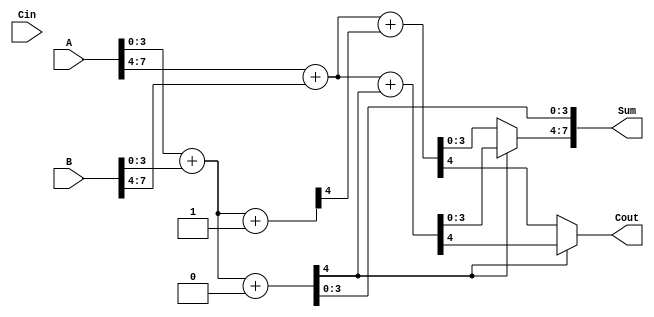
module carry_select_adder (
    input [7:0] A,       // 8-bit input A
    input [7:0] B,       // 8-bit input B
    input Cin,           // Carry-in
    output [7:0] Sum,    // 8-bit sum output
    output Cout          // Carry-out
);

    wire [3:0] Sum0_0, Sum0_1; // Sums for first segment (Cin = 0 and Cin = 1)
    wire [3:0] Sum1_0, Sum1_1; // Sums for second segment (Cin = 0 and Cin = 1)
    wire C0_0, C0_1;           // Carry outputs for first segment
    wire C1_0, C1_1;           // Carry outputs for second segment

    // First segment (A[3:0], B[3:0])
    // Adder assuming Cin = 0
    assign {C0_0, Sum0_0} = A[3:0] + B[3:0] + 0;
    // Adder assuming Cin = 1
    assign {C0_1, Sum0_1} = A[3:0] + B[3:0] + 1;

    // Second segment (A[7:4], B[7:4])
    // Adder assuming Cin = C0_0
    assign {C1_0, Sum1_0} = A[7:4] + B[7:4] + C0_0;
    // Adder assuming Cin = C0_1
    assign {C1_1, Sum1_1} = A[7:4] + B[7:4] + C0_1;

    // MUX to select the correct sum for the second segment based on C0
    assign Sum[3:0] = Sum0_0; // Lower segment sum
    assign Sum[7:4] = (C0_0) ? Sum1_0 : Sum1_1; // Upper segment sum based on C0

    // Final carry out
    assign Cout = (C0_0) ? C1_0 : C1_1; // Final carry out based on C0

    // Combine final sum
    assign Sum = {Sum[7:4], Sum[3:0]}; // Concatenate sums

endmodule